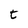
Character: t